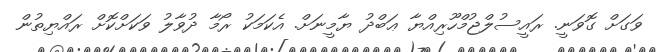
ވަގަށް ގޮވަނީ. ރައީސުލްޖުމްހޫރިއްޔާ ޢަބްދު ޔާމީނަށް. އެކަމަކު ރޯމާ ދުވާލު ވަކަށްކޮށް ރައްޔިތުން